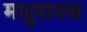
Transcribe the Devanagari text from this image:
मधुराश्च